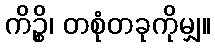
ကိဉ္စိ၊ တစုံတခုကိုမျှ။